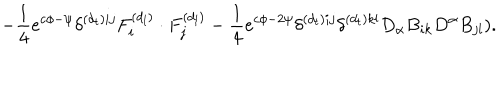
- \frac { 1 } { 4 } e ^ { c \phi - \psi } \delta ^ { ( d _ { t } ) i j } F _ { i } ^ { ( d _ { l } ) } \cdot F _ { j } ^ { ( d _ { l } ) } - \frac { 1 } { 4 } e ^ { c \phi - 2 \psi } \delta ^ { ( d _ { t } ) i j } \delta ^ { ( d _ { t } ) k l } D _ { \alpha } B _ { i k } D ^ { \alpha } B _ { j l } ) .